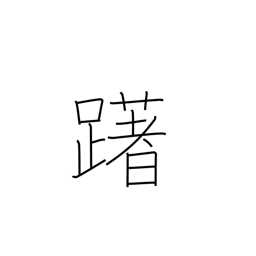
Meaning: hesitate